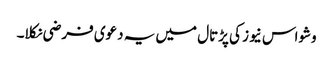
وشواس نیوز کی پڑتال میں یہ دعوی فرضی نکلا۔